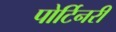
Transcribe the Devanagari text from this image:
पोर्टिनरी